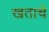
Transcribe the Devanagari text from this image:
खताचे